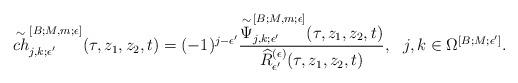
LaTeX: \begin{align*}\overset{\sim}{ch}^{[B;M,m;\epsilon]}_{j,k;\epsilon^\prime}(\tau, z_1,z_2,t)=(-1)^{j-\epsilon^\prime}\frac{\overset{\sim}{\Psi}^{[B;M,m;\epsilon]}_{j,k;\epsilon^\prime}(\tau,z_1,z_2,t)}{\widehat{R}^{(\epsilon)}_{\epsilon^\prime}(\tau,z_1,z_2,t)}, \,\,\,\,j,k \in \Omega^{[B;M;\epsilon^\prime]}.\end{align*}